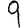
Digit: 9